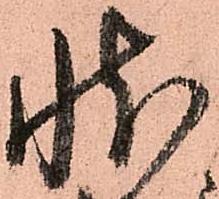
状